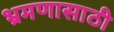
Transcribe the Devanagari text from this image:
भ्रमणासाठी